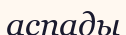
аспады